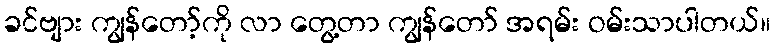
ခင်ဗျား ကျွန်တော့်ကို လာ တွေ့တာ ကျွန်တော် အရမ်း ဝမ်းသာပါတယ်။